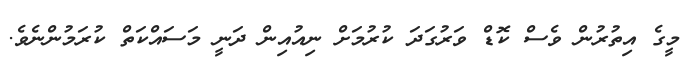
މީގެ އިތުރުން ވެސް ކޮޑް ވަރުގަދަ ކުރުމަށް ނިއުއިން ދަނީ މަސައްކަތް ކުރަމުންނެވެ.